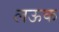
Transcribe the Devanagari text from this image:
लऊक